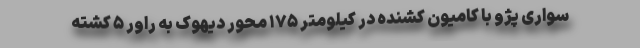
سواری پژو با کامیون کشنده در کیلومتر ۱۷۵ محور دیهوک به راور ۵ کشته